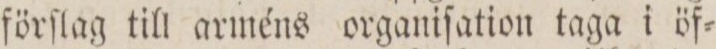
förſlag till arméns organiſation taga i öf=